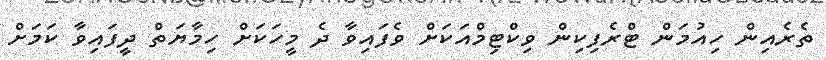
ތެރެއިން ހިއުމަން ޓްރެފިކިން ވިކްޓިމްއަކަށް ވެފައިވާ ދެ މީހަކަށް ހިމާޔަތް ދީފައިވާ ކަމަށް